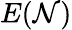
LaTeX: E(\mathcal{N})